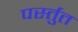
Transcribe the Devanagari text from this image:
पर्स्तुत